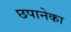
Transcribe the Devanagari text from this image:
छपानेका